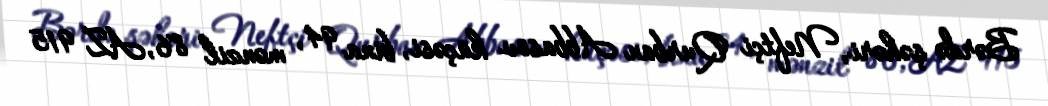
Bərdə şəhəri, Neftçi Qurban Abbasov küçəsi, bina 94, mənzil 86, AZ 915